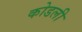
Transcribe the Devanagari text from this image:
कोडली